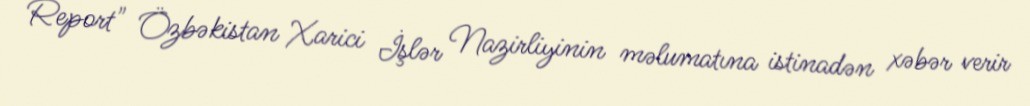
Report" Özbəkistan Xarici İşlər Nazirliyinin məlumatına istinadən xəbər verir